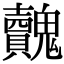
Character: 𩴺